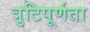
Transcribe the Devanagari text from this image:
त्रुटिपूर्णता